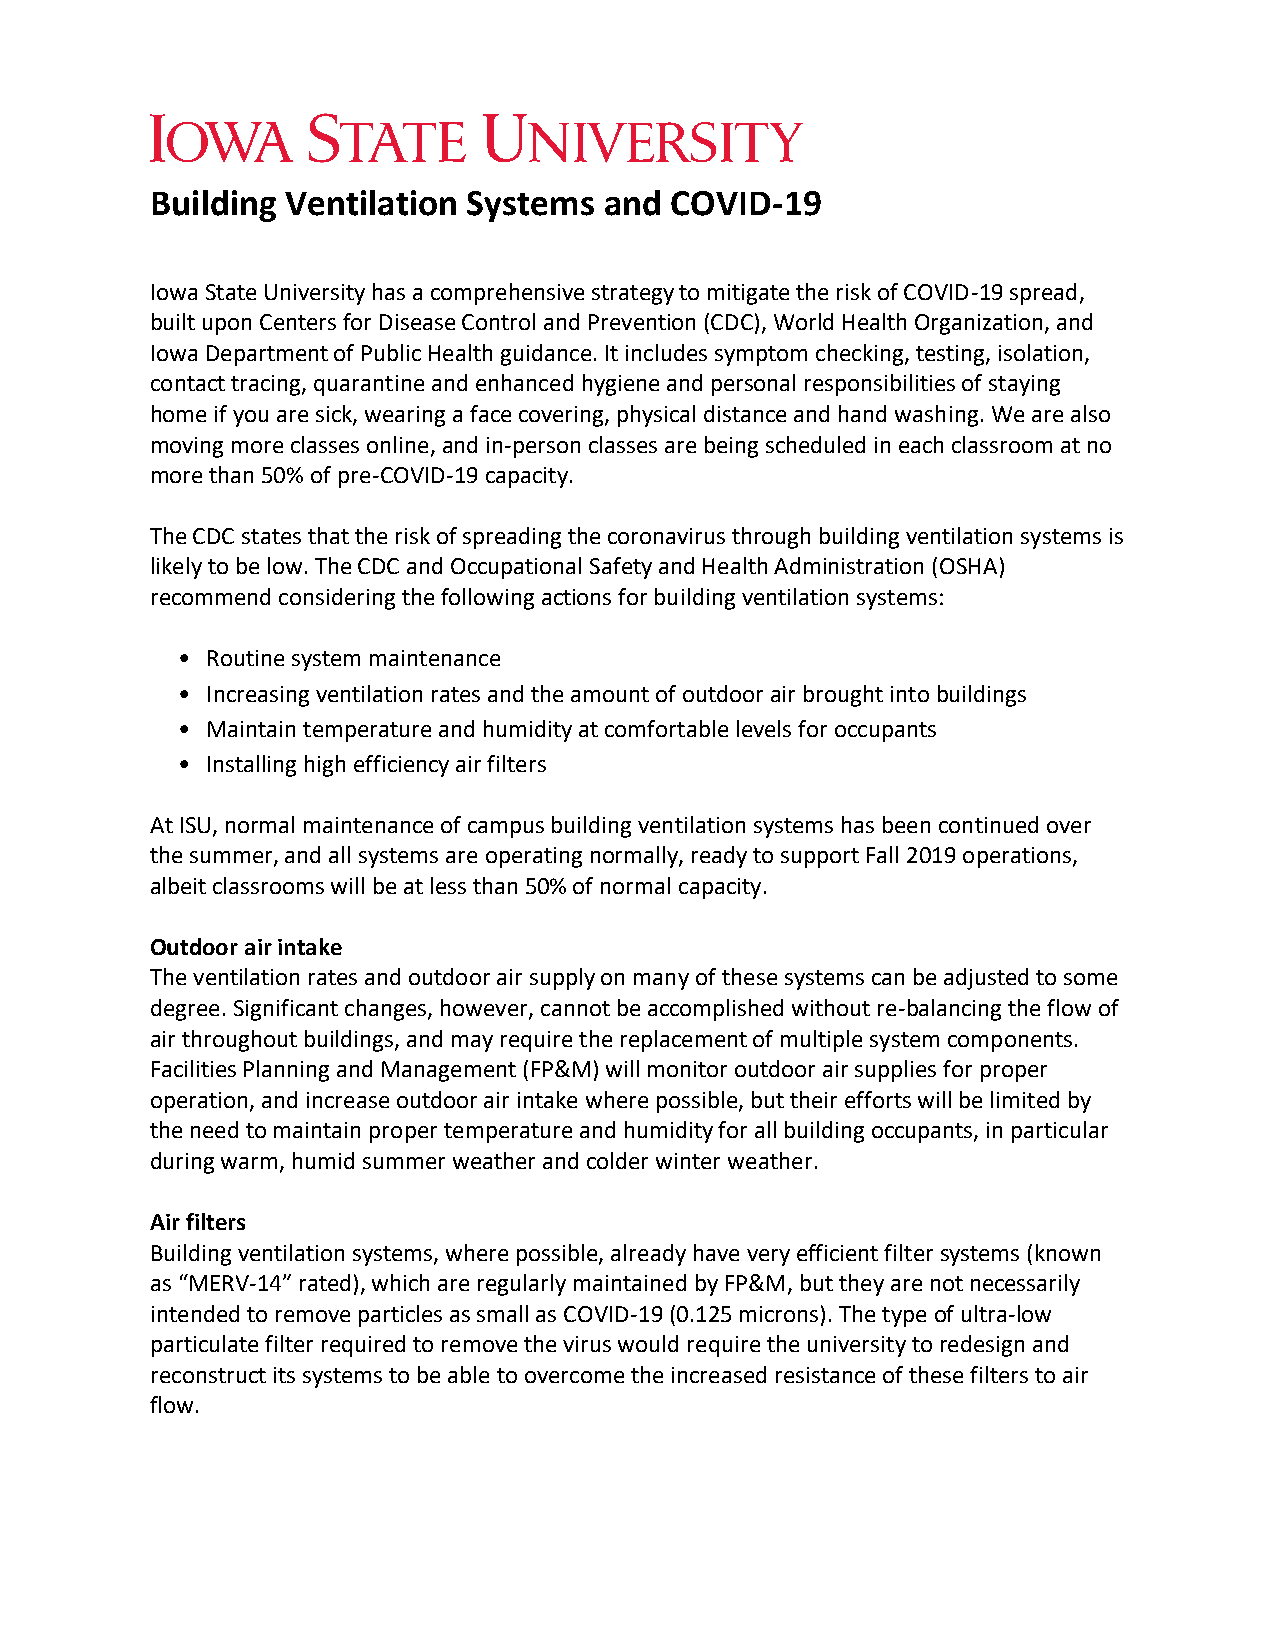
Building Ventilation Systems  and COVID-19
 Iowa State University has a comprehensive strategy to mitigate the risk of COVID-19 spread,
 built upon Centers for Disease Control and Prevention (CDC), World Health Organization, and
 Iowa Department of Public Health guidance. It includes symptom checking, testing, isolation,
 contact tracing, quarantine and enhanced hygiene and personal responsibilities of staying
 home if you are sick, wearing a face covering, physical distance and hand washing. We are also
 moving more classes online, and in-person classes are being scheduled in each classroom at no
 more than 50% of pre-COVID-19 capacity.
 The CDC states that the risk of spreading the coronavirus through building ventilation systems is
 likely to be low. The CDC and Occupational Safety and Health Administration (OSHA)
 recommend considering the following actions for building ventilation systems:
 • Routine system maintenance
 • Increasing ventilation rates and the amount of outdoor air brought into buildings
 • Maintain temperature and humidity at comfortable levels for occupants
 • Installing high efficiency air filters
 At ISU, normal maintenance of campus building ventilation systems has been continued over
 the summer, and all systems are operating normally, ready to support Fall 2019 operations,
 albeit classrooms will be at less than 50% of normal capacity.
 Outdoor air intake
 The ventilation rates and outdoor air supply on many of these systems can be adjusted to some
 degree. Significant changes, however, cannot be accomplished without re-balancing the flow of
 air throughout buildings, and may require the replacement of multiple system components.
 Facilities Planning and Management (FP&M) will monitor outdoor air supplies for proper
 operation, and increase outdoor air intake where possible, but their efforts will be limited by
 the need to maintain proper temperature and humidity for all building occupants, in particular
 during warm, humid summer weather and colder winter weather.
 Air filters
 Building ventilation systems, where possible, already have very efficient filter systems (known
 as “MERV-14” rated), which are regularly maintained by FP&M, but they are not necessarily
 intended to remove particles as small as COVID-19 (0.125 microns). The type of ultra-low
 particulate filter required to remove the virus would require the university to redesign and
 reconstruct its systems to be able to overcome the increased resistance of these filters to air
 flow.